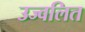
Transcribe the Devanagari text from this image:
उज्वलित